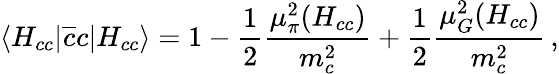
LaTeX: \langle H_{cc}|\overline{{{c}}}c|H_{cc}\rangle=1-\frac{1}{2}\frac{\mu_{\pi}^{2}(H_{cc})}{m_{c}^{2}}+\frac{1}{2}\frac{\mu_{G}^{2}(H_{cc})}{m_{c}^{2}}\, ,